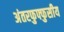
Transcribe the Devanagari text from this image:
अंतरफुफ्फुसीय